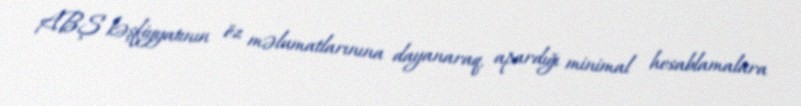
ABŞ kəşfiyyatının öz məlumatlarınına dayanaraq, apardığı minimal hesablamalara